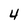
Character: 4